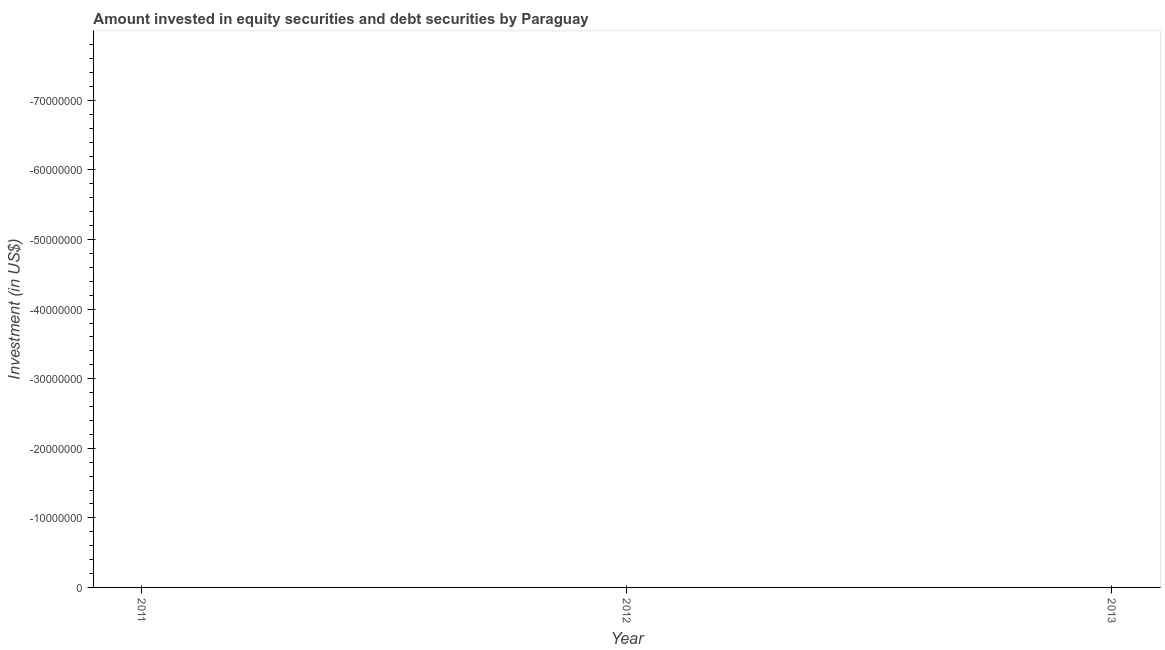
| Year | Portfolio Investment |
 | --- | --- |
 | 2011 | -1e+08 |
 | 2012 | -5e+08 |
 | 2013 | -5e+08 |